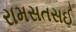
રામસતસઈ